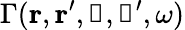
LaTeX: \Gamma(\boldsymbol{\mathbf{r}},\boldsymbol{\mathbf{r}}^{\prime},\boldsymbol{\mathbf{\uprho}},\boldsymbol{\mathbf{\uprho}}^{\prime},\omega)